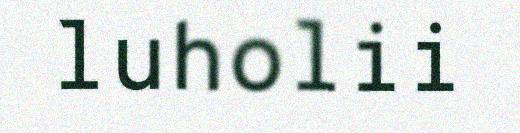
luholii